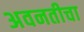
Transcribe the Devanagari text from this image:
अवनतीचा